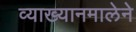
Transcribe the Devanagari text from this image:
व्याख्यानमालेने